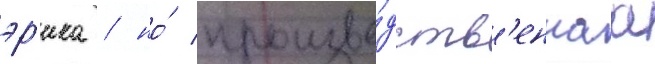
эр'ика / но́ произво́дств'еннаа